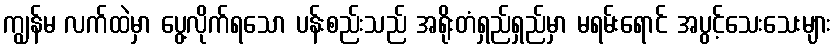
ကျွန်မ လက်ထဲမှာ ပွေ့လိုက်ရသော ပန်းစည်းသည် အရိုးတံရှည်ရှည်မှာ မရမ်းရောင် အပွင့်သေးသေးများ